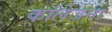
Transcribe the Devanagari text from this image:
कॉलेजना